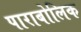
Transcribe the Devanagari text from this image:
पाराबोलिक